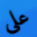
على